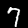
Digit: 7